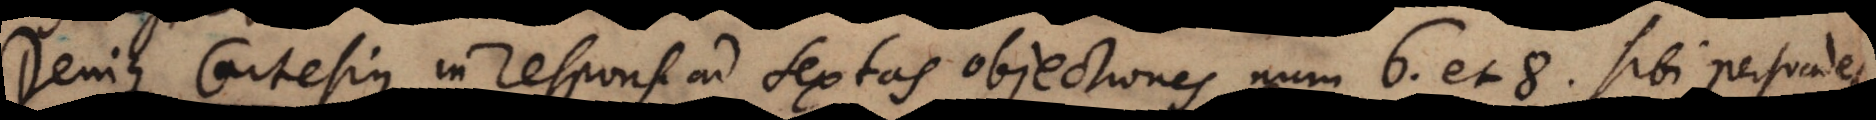
Denique Cartesius in respons. ad sextas objectiones num. 6. et 8. sibi persuadet